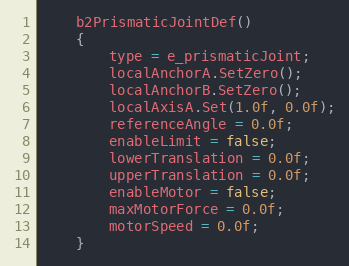
Language: C
	b2PrismaticJointDef()
	{
		type = e_prismaticJoint;
		localAnchorA.SetZero();
		localAnchorB.SetZero();
		localAxisA.Set(1.0f, 0.0f);
		referenceAngle = 0.0f;
		enableLimit = false;
		lowerTranslation = 0.0f;
		upperTranslation = 0.0f;
		enableMotor = false;
		maxMotorForce = 0.0f;
		motorSpeed = 0.0f;
	}